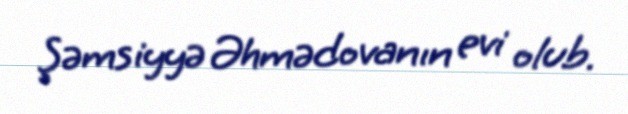
Şəmsiyyə Əhmədovanın evi olub.